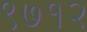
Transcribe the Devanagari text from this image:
९७१२